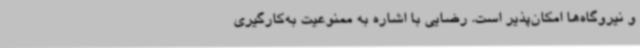
و نیروگاه‌ها امکان‌پذیر است. رضایی با اشاره به ممنوعیت به‌کارگیری